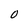
Character: O